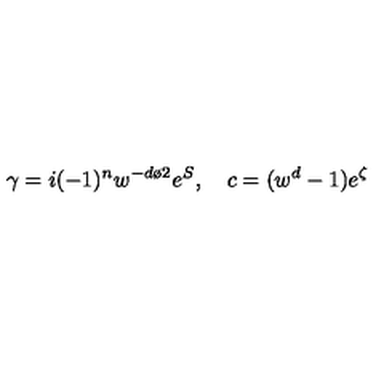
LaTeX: \gamma = i ( - 1 ) ^ { { n } } w ^ { - { { d } \o 2 } } e ^ { S } , \quad c = ( w ^ { d } - 1 ) e ^ { \zeta }